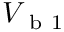
V _ { \mathrm { ~ b ~ 1 ~ } }